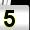
Digit: 5